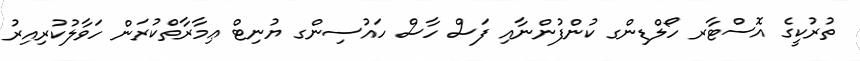
ތުރުކީގެ އޮސްޓާރ ހޯލްޑިންގ ކުންފުންނާއި ފަސް ހާސް ހައުސިންގ ޔުނިޓް ޢިމާރާތްކުރަން ހަވާލުކުރިއިރު